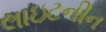
લાઇટનીન